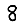
Digit: 8